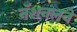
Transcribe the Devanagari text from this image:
नॅशनलने